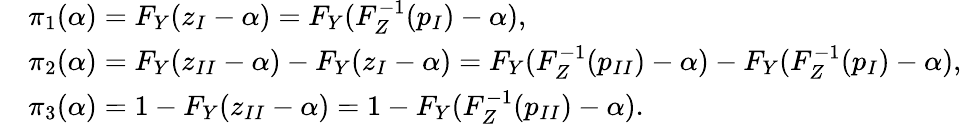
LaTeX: \begin{array}{rl}&{{\pi}_{1}(\alpha)=F_{Y}(z_{I}-\alpha)=F_{Y}(F_{Z}^{-1}(p_{I})-\alpha),}\\ &{{\pi}_{2}(\alpha)=F_{Y}(z_{II}-\alpha)-F_{Y}(z_{I}-\alpha)=F_{Y}(F_{Z}^{-1}(p_{II})-\alpha)-F_{Y}(F_{Z}^{-1}(p_{I})-\alpha),}\\ &{{\pi}_{3}(\alpha)=1-F_{Y}(z_{II}-\alpha)=1-F_{Y}(F_{Z}^{-1}(p_{II})-\alpha).}\end{array}